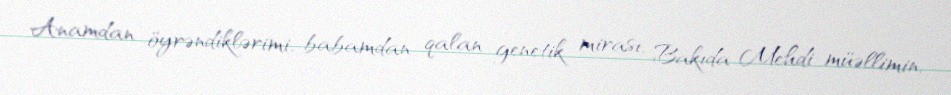
Anamdan öyrəndiklərimi, babamdan qalan genetik mirası, Bakıda Mehdi müəllimin,